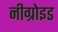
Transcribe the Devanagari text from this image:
नीग्रोइड